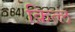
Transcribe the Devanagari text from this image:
क़ित्ल